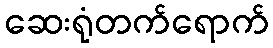
ဆေးရုံတက်ရောက်